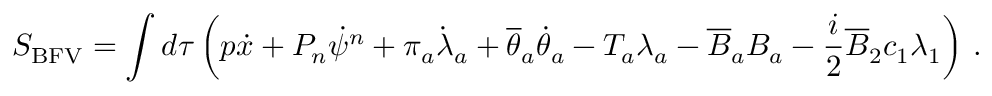
S _ { \mathrm { B F V } } = \int d \tau \left( p \dot { x } + P _ { n } \dot { \psi } ^ { n } + \pi _ { a } \dot { \lambda } _ { a } + \overline { { { \theta } } } _ { a } \dot { \theta } _ { a } - T _ { a } \lambda _ { a } - \overline { { { B } } } _ { a } B _ { a } - \frac { i } { 2 } \overline { { { B } } } _ { 2 } c _ { 1 } \lambda _ { 1 } \right) \, .